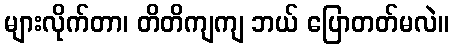
များလိုက်တာ၊ တိတိကျကျ ဘယ် ပြောတတ်မလဲ။